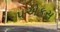
૫એકસ